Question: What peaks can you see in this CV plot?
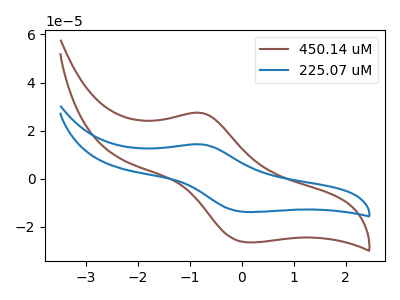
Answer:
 <answer>The brown curve "450.14 uM" has an anodic peak at (-0.80V, 27.35uA) and a cathodic peak at (0.10V, -26.40uA). The blue curve "225.07 uM" has an anodic peak at (-0.80V, 14.30uA) and a cathodic peak at (0.10V, -13.80uA).</answer>
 <eval></eval>